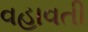
વહાવતી